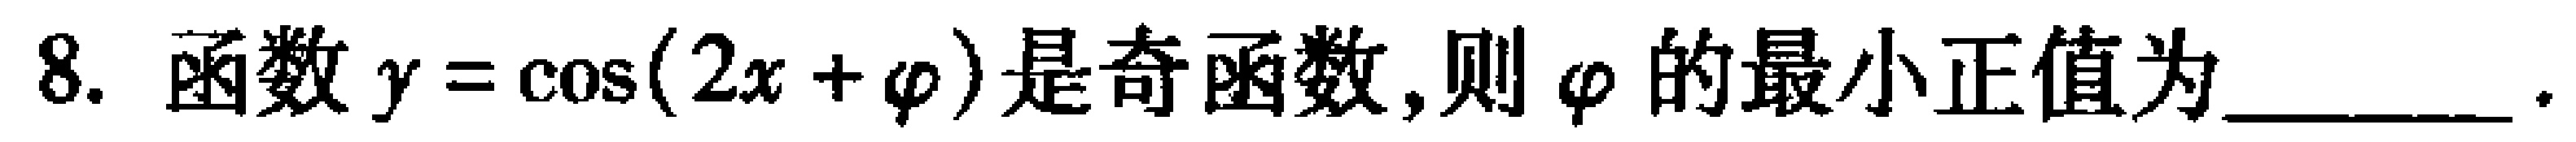
8. 函数$y = \cos(2x + \varphi)$是奇函数,则$\varphi$的最小正值为______.